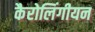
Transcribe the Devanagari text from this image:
कैरोलिंगीयन